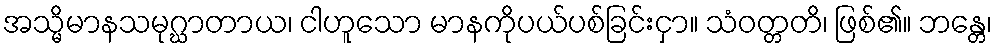
အသ္မိမာနသမုဂ္ဃာတာယ၊ ငါဟူသော မာနကိုပယ်ပစ်ခြင်းငှာ။ သံဝတ္တတိ၊ ဖြစ်၏။ ဘန္တေ၊